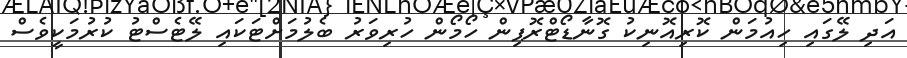
އަދި ލޭގައި ހިއުމަން ކޮރިއޮނިކު ގޮނާޑޯޓްރޮޕިން ހޯމޯން ހުރިވަރު ބެލުމަށްޓަކައި ލޭޓެސްޓު ކުރުމަކީވެސް